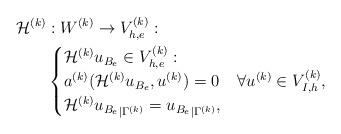
LaTeX: \begin{align*} \mathcal{H}^{(k)}&: W^{(k)} \to V_{h,e}^{(k)}:\\&\begin{cases} \mathcal{H}^{(k)}{u_{B_e}}\in V_{h,e}^{(k)}: & \\ a^{(k)}(\mathcal{H}^{(k)}{u_{B_e}},u^{(k)})=0 &\forall u^{(k)}\in V_{I,h}^{(k)},\\ \mathcal{H}^{(k)}{u_{B_e}}_{|\Gamma^{(k)}} = {u_{B_e}}_{|\Gamma^{(k)}}, &\end{cases}\end{align*}